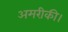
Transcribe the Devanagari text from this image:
अमरीकी।